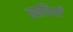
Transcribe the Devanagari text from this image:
व्यधियाँ